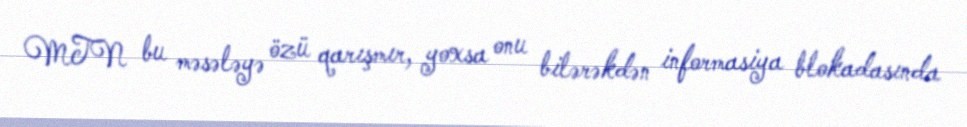
MTN bu məsələyə özü qarışmır, yoxsa onu bilərəkdən informasiya blokadasında